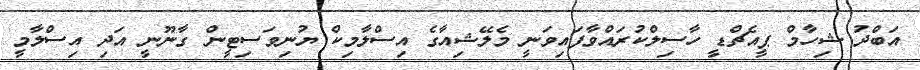
އަބްދު ޝިހާމް ޕީއެޗްޑީ ހާސިލްކުރައްވާފައިވަނީ މެލޭޝިއާގެ އިސްލާމިކް ޔުުނިވަސިޓީން ގާނޫނީ އަދި އިސްލާމީ